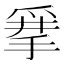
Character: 𰠂